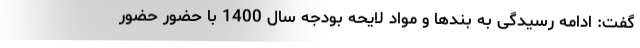
گفت: ادامه رسیدگی به بندها و مواد لایحه بودجه سال 1400 با حضور حضور